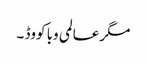
مگر عالمی وبا کووڈ ۔